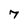
Character: 7